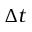
\Delta t